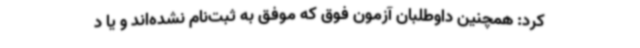
کرد: همچنین داوطلبان آزمون فوق که موفق به ثبت‌نام نشده‌اند و یا د